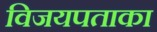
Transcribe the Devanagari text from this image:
विजयपताका